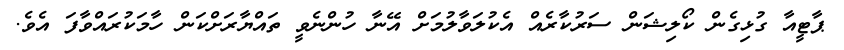
ޕާޓީއާ ގުޅިގެން ކޯލިޝަން ސަރުކާރެއް އެކުލަވާލުމަށް އޭނާ ހުންނެވީ ތައްޔާރަށްކަން ހާމަކުރައްވާފަ އެވެ.